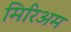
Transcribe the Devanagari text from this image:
मिरिअम